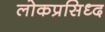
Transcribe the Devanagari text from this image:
लोकप्रसिध्द